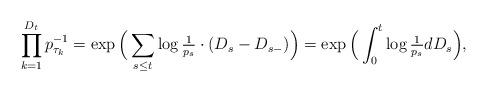
LaTeX: \begin{align*} \prod_{k=1}^{D_t}p_{\tau_k}^{-1} &= \exp\Big(\sum_{s\leq t}\log\tfrac1{p_s}\cdot(D_s-D_{s-})\Big) = \exp\Big(\int_0^t\log\tfrac1{p_s}dD_s\Big), \end{align*}